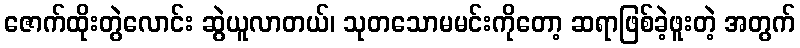
ဇောက်ထိုးတွဲလောင်း ဆွဲယူလာတယ်၊ သုတသောမမင်းကိုတော့ ဆရာဖြစ်ခဲ့ဖူးတဲ့ အတွက်